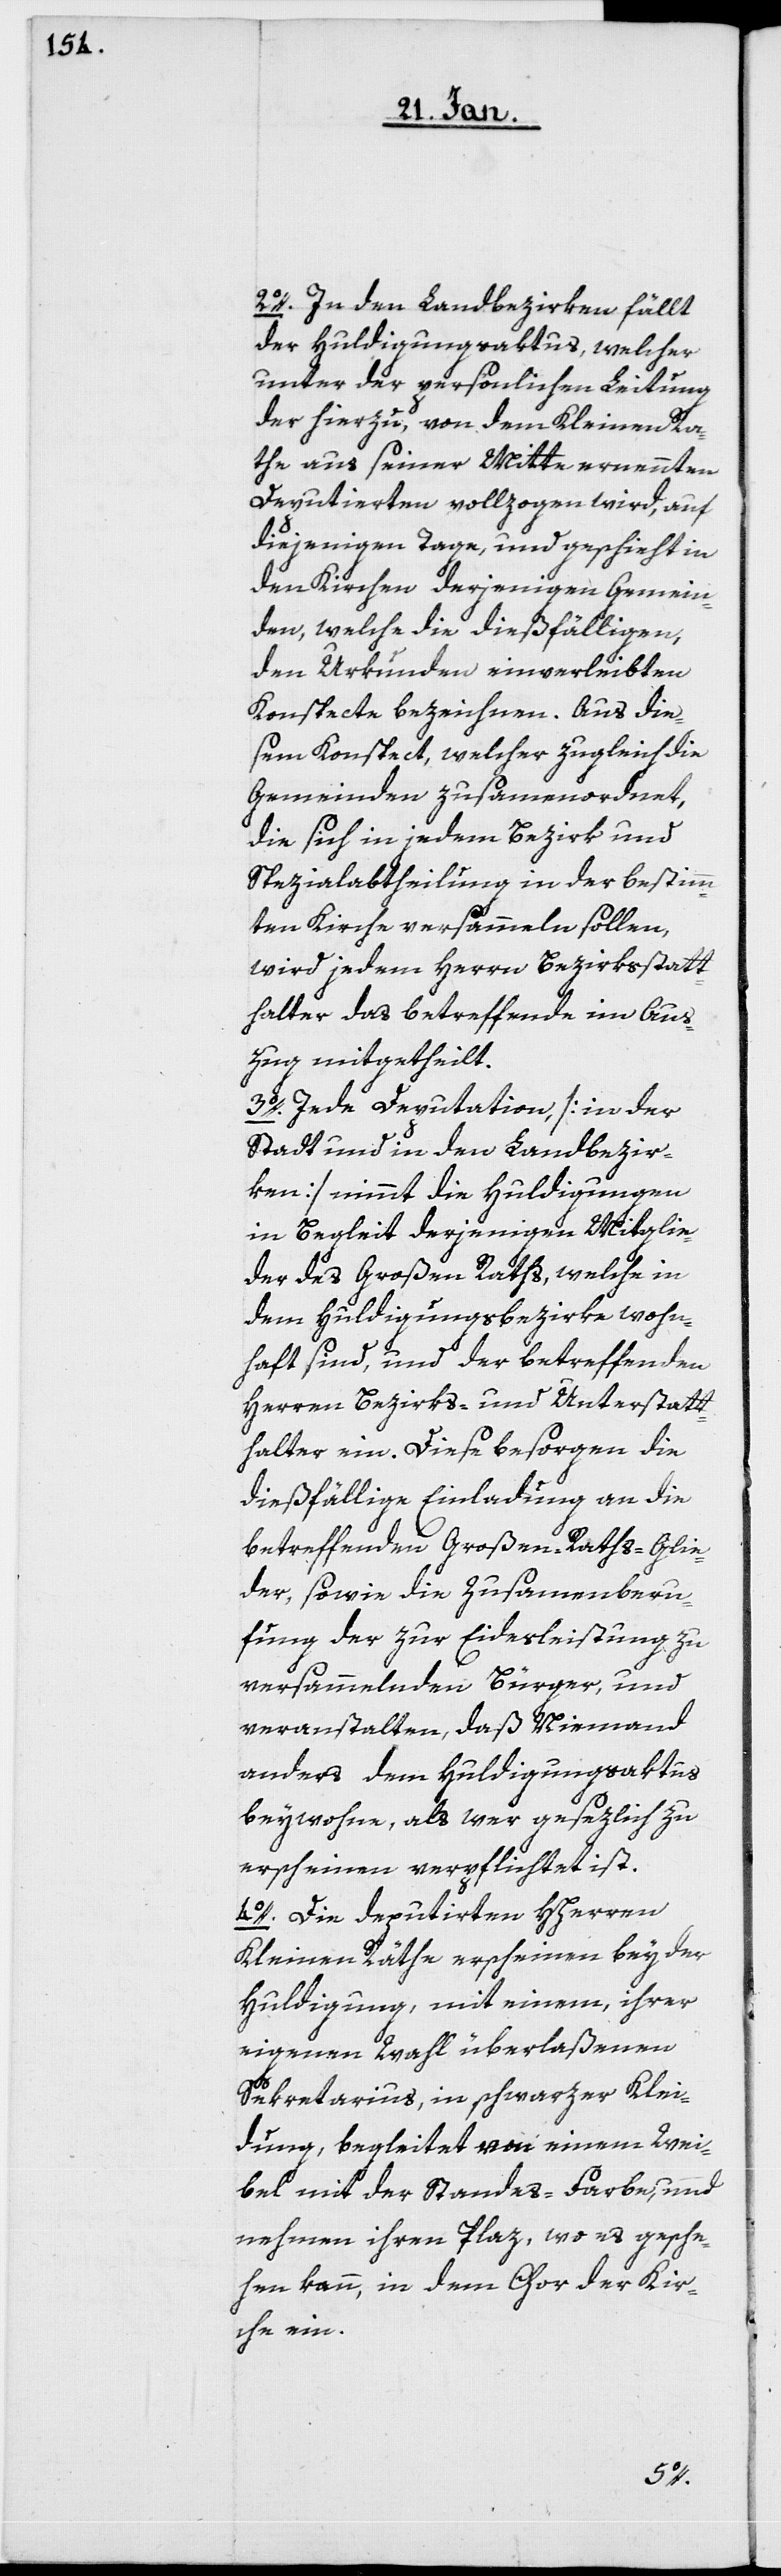
2o. In den Landbezirken fällt
der Huldigungsaktus, welcher
unter der persönlichen Leitung
der hierzu, von dem Kleinen Ra¬
the aus seiner Mitte ernennten
Deputierten vollzogen wird, auf
diejenigen Tage, und geschieht in
den Kirchen derjenigen Gemein¬
den, welche die dießfälligen,
den Urkunden einverleibten
Konspecte bezeichnen. Aus die¬
sem Konspect, welcher zugleich die
Gemeinden zusammenordnet,
die sich in jedem Bezirk und
Spezialabtheilung in der bestimm¬
ten Kirche versammeln sollen,
wird jedem Herrn Bezirksstatt¬
halter das betreffende im Aus¬
zug mitgetheilt.
3o. Jede Deputation, [in der
Stadt und in den Landbezir¬
ken] nimmt die Huldigungen
in Begleit derjenigen Mitglie¬
der des Großen Raths, welche in
dem Huldigungsbezirke wohn¬
haft sind, und der betreffenden
Herren Bezirks- und Unterstatt¬
halter ein. Diese besorgen die
dießfällige Einladung an die
betreffenden Großen-Raths-Glie¬
der, sowie die Zusammenberu¬
fung der zur Eidesleistung zu
versammelnden Bürger, und
veranstalten, daß Niemand
anders dem Huldigungsaktus
beywohne, als wer gesezlich zu
erscheinen verpflichtet ist.
4o. Die deputirten HHerren
Kleinen Räthe erscheinen bey der
Huldigung, mit einem, ihrer
eigenen Wahl überlaßenen
Sekretarius, in schwarzer Klei¬
dung, begleitet von einem Wei¬
bel mit der Standes-Farbe und
nehmen ihren Plaz, wo es gesche¬
hen kann, in dem Chor der Kir¬
che ein.